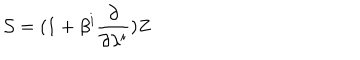
{ \cal S } = ( 1 + \beta ^ { i } \frac { \partial } { \partial \lambda ^ { i } } ) Z